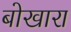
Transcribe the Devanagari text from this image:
बोखारा